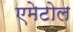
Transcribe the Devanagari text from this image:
एमेटोल